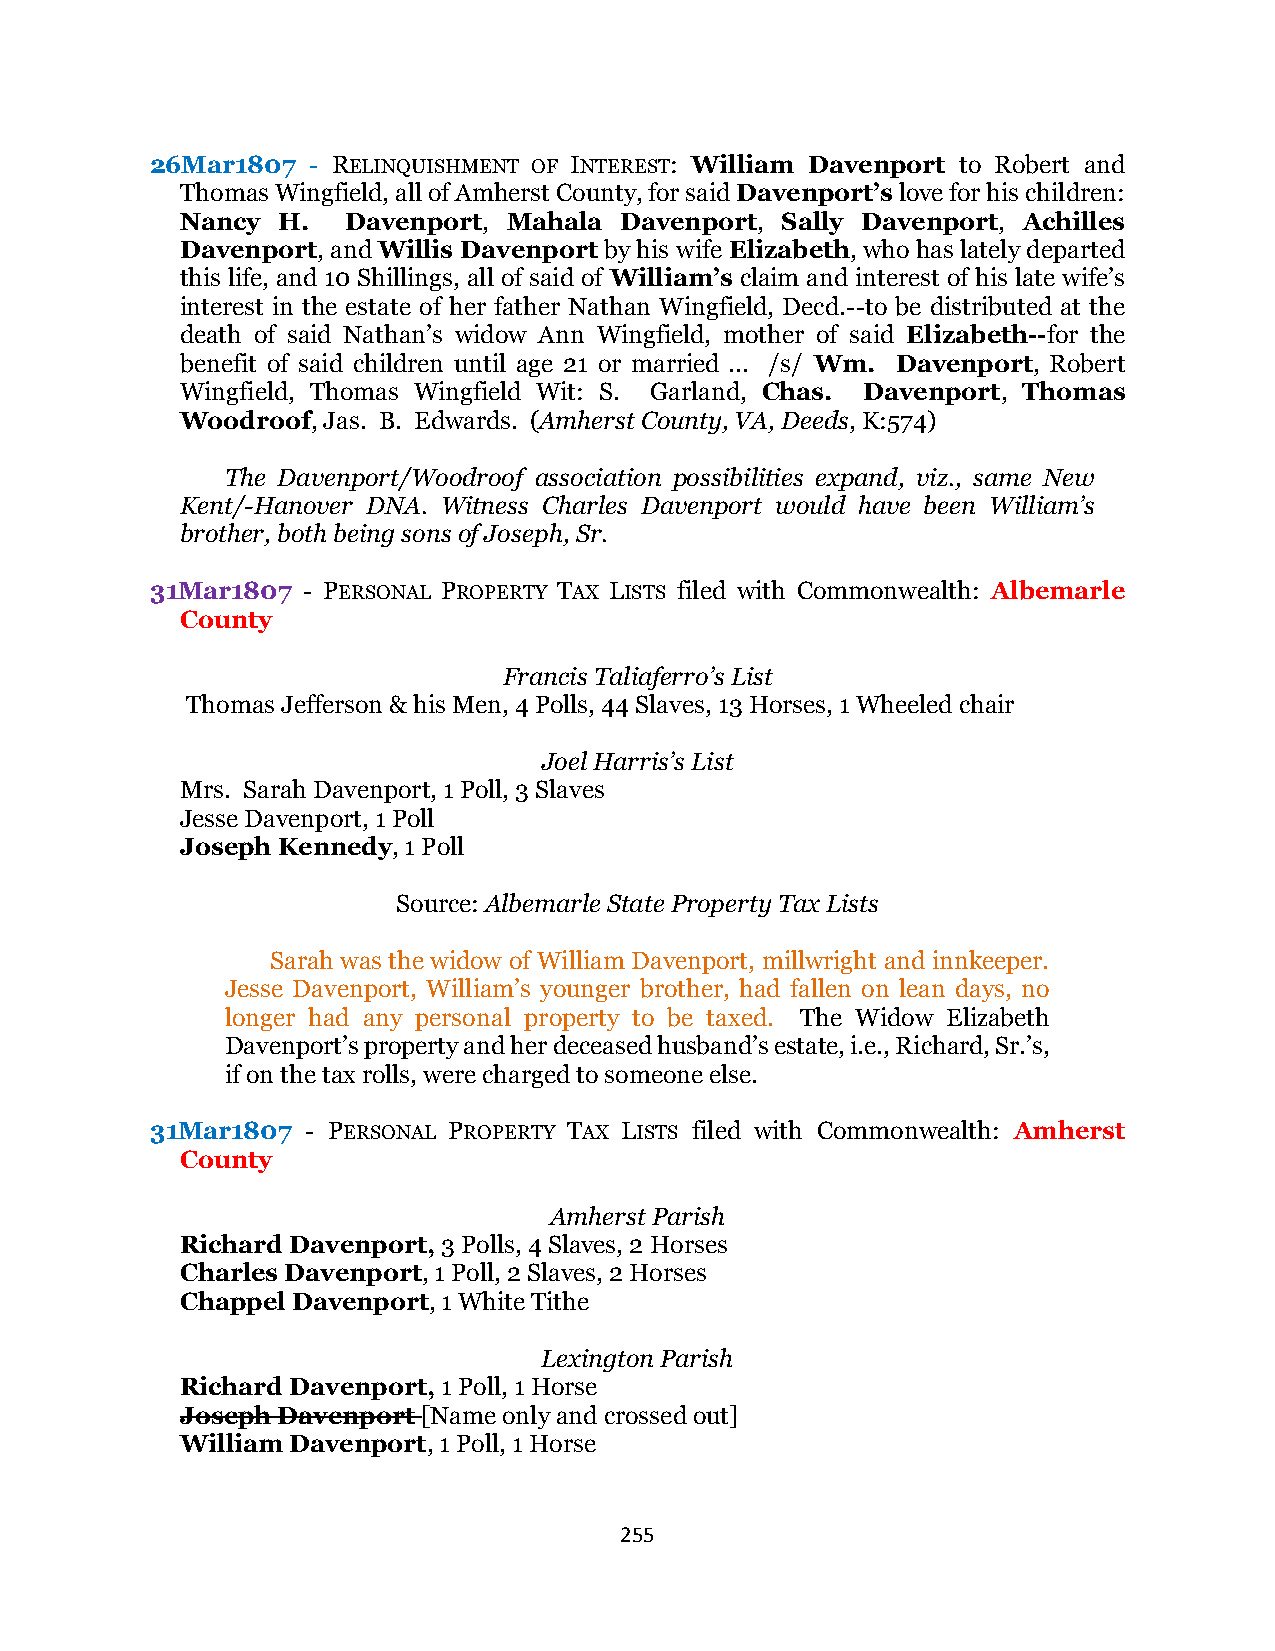
26Mar1807 - RELINQUISHMENT OF INTEREST: William Davenport to Robert and
 Thomas Wingfield, all of Amherst County, for said Davenport’s love for his children:
 Nancy H.   Davenport, Mahala Davenport, Sally Davenport, Achilles
 Davenport, and Willis Davenport by his wife Elizabeth, who has lately departed
 this life, and 10 Shillings, all of said of William’s claim and interest of his late wife’s
 interest in the estate of her father Nathan Wingfield, Decd.--to be distributed at the
 death of said Nathan’s widow Ann Wingfield, mother of said Elizabeth--for the
 benefit of said children until age 21 or married ... /s/ Wm. Davenport, Robert
 Wingfield, Thomas Wingfield Wit: S. Garland, Chas. Davenport, Thomas
 Woodroof, Jas. B. Edwards. (Amherst County, VA, Deeds, K:574)
 The Davenport/Woodroof association possibilities expand, viz., same New
 Kent/-Hanover DNA. Witness Charles Davenport would have been William’s
 brother, both being sons of Joseph, Sr.
 31Mar1807 - PERSONAL PROPERTY TAX LISTS filed with Commonwealth: Albemarle
 County
 Francis Taliaferro’s List
 Thomas Jefferson & his Men, 4 Polls, 44 Slaves, 13 Horses, 1 Wheeled chair
 Joel Harris’s List
 Mrs. Sarah Davenport, 1 Poll, 3 Slaves
 Jesse Davenport, 1 Poll
 Joseph Kennedy, 1 Poll
 Source: Albemarle State Property Tax Lists
 Sarah was the widow of William Davenport, millwright and innkeeper.
 Jesse Davenport, William’s younger brother, had fallen on lean days, no
 longer had any personal property to be taxed. The Widow Elizabeth
 Davenport’s property and her deceased husband’s estate, i.e., Richard, Sr.’s,
 if on the tax rolls, were charged to someone else.
 31Mar1807 - PERSONAL PROPERTY TAX LISTS filed with Commonwealth: Amherst
 County
 Amherst Parish
 Richard Davenport, 3 Polls, 4 Slaves, 2 Horses
 Charles Davenport, 1 Poll, 2 Slaves, 2 Horses
 Chappel Davenport, 1 White Tithe
 Lexington Parish
 Richard Davenport, 1 Poll, 1 Horse
 Joseph Davenport [Name only and crossed out]
 William Davenport, 1 Poll, 1 Horse
 255